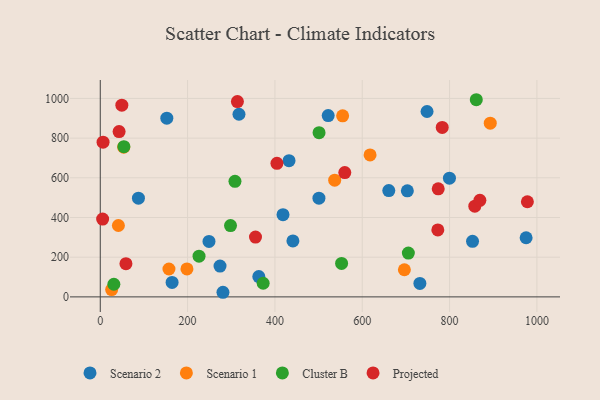
{"axis": {"x": "Price", "y": "Salary"}, "legend": ["Cluster B", "Projected", "Scenario 1", "Scenario 2"], "data": [{"x": "799.7", "y": 598.4, "type": "Scenario 2"}, {"x": "441.2", "y": 282.1, "type": "Scenario 2"}, {"x": "274.3", "y": 155.1, "type": "Scenario 2"}, {"x": "152.4", "y": 900.6, "type": "Scenario 2"}, {"x": "703.3", "y": 534.5, "type": "Scenario 2"}, {"x": "164.5", "y": 72.6, "type": "Scenario 2"}, {"x": "500.8", "y": 497.5, "type": "Scenario 2"}, {"x": "418.5", "y": 414.0, "type": "Scenario 2"}, {"x": "852.6", "y": 279.8, "type": "Scenario 2"}, {"x": "281.0", "y": 23.2, "type": "Scenario 2"}, {"x": "660.8", "y": 535.9, "type": "Scenario 2"}, {"x": "732.0", "y": 68.0, "type": "Scenario 2"}, {"x": "363.1", "y": 102.5, "type": "Scenario 2"}, {"x": "432.3", "y": 686.6, "type": "Scenario 2"}, {"x": "522.0", "y": 913.8, "type": "Scenario 2"}, {"x": "748.4", "y": 934.2, "type": "Scenario 2"}, {"x": "317.7", "y": 920.4, "type": "Scenario 2"}, {"x": "87.4", "y": 497.5, "type": "Scenario 2"}, {"x": "975.3", "y": 297.9, "type": "Scenario 2"}, {"x": "249.0", "y": 279.5, "type": "Scenario 2"}, {"x": "41.5", "y": 359.8, "type": "Scenario 1"}, {"x": "198.5", "y": 140.9, "type": "Scenario 1"}, {"x": "555.1", "y": 912.6, "type": "Scenario 1"}, {"x": "696.5", "y": 136.7, "type": "Scenario 1"}, {"x": "26.1", "y": 37.0, "type": "Scenario 1"}, {"x": "157.3", "y": 140.5, "type": "Scenario 1"}, {"x": "53.7", "y": 754.4, "type": "Scenario 1"}, {"x": "617.9", "y": 715.4, "type": "Scenario 1"}, {"x": "536.9", "y": 588.2, "type": "Scenario 1"}, {"x": "893.2", "y": 875.1, "type": "Scenario 1"}, {"x": "705.6", "y": 220.8, "type": "Cluster B"}, {"x": "373.1", "y": 68.6, "type": "Cluster B"}, {"x": "501.1", "y": 827.7, "type": "Cluster B"}, {"x": "226.2", "y": 205.3, "type": "Cluster B"}, {"x": "861.2", "y": 993.5, "type": "Cluster B"}, {"x": "308.5", "y": 582.5, "type": "Cluster B"}, {"x": "298.3", "y": 359.4, "type": "Cluster B"}, {"x": "552.7", "y": 168.6, "type": "Cluster B"}, {"x": "31.1", "y": 63.7, "type": "Cluster B"}, {"x": "54.1", "y": 757.0, "type": "Cluster B"}, {"x": "773.1", "y": 337.2, "type": "Projected"}, {"x": "49.4", "y": 966.1, "type": "Projected"}, {"x": "355.5", "y": 301.5, "type": "Projected"}, {"x": "43.1", "y": 832.8, "type": "Projected"}, {"x": "58.8", "y": 167.3, "type": "Projected"}, {"x": "857.8", "y": 457.3, "type": "Projected"}, {"x": "978.2", "y": 479.5, "type": "Projected"}, {"x": "5.4", "y": 391.9, "type": "Projected"}, {"x": "783.2", "y": 854.1, "type": "Projected"}, {"x": "560.0", "y": 626.5, "type": "Projected"}, {"x": "404.6", "y": 672.9, "type": "Projected"}, {"x": "314.1", "y": 984.0, "type": "Projected"}, {"x": "869.4", "y": 486.5, "type": "Projected"}, {"x": "774.0", "y": 544.5, "type": "Projected"}, {"x": "6.4", "y": 779.4, "type": "Projected"}]}